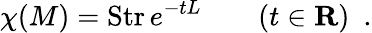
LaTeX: \chi(M)=\mathrm{Str}\, e^{-tL}\qquad(t\in{\mathbf R})\ \ .